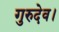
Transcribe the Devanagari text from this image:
गुरुदेव।